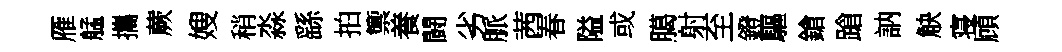
雁艋攜蕨嫂稍淼繇拍籞養闘劣脈茜春隘或臈射至鐙驅鎗蹌訥觖寝頋